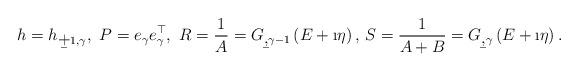
LaTeX: \begin{align*}h=h_{\b+1,\gamma},\ P=e_{\gamma}e_{\gamma}^{\top},\ R=\frac{1}{A}=G_{\b,\gamma-1}\left(E+\i\eta\right),\,S=\frac{1}{A+B}=G_{\b,\gamma}\left(E+\i\eta\right).\end{align*}